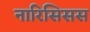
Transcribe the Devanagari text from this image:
नारिसिसस